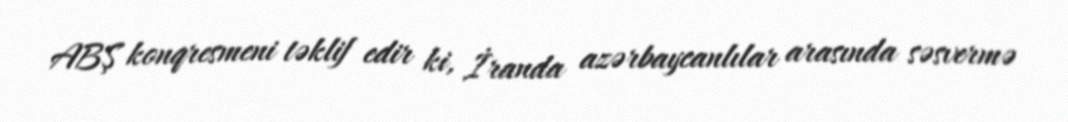
ABŞ konqresmeni təklif edir ki, İranda azərbaycanlılar arasında səsvermə